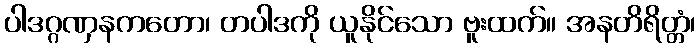
ပါဒဂ္ဂဏှနကတော၊ တပါဒကို ယူနိုင်သော ဗူးထက်။ အနတိရိတ္တံ၊